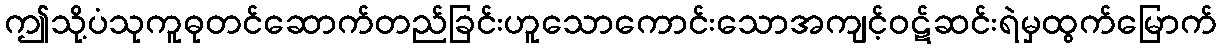
ဤသို့ပံသုကူဓုတင်ဆောက်တည်ခြင်းဟူသောကောင်းသောအကျင့်ဝဋ်ဆင်းရဲမှထွက်မြောက်